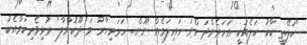
"ކަލޭތީ ކާކު ކަލެއަކީ އަހަރެންދަންނަ ހައިލަމެއް ނޫން.. ހަމަމިހާރު މަ ދޫކޮށްލާ" ރުޅިވެރިކަމާއެކު